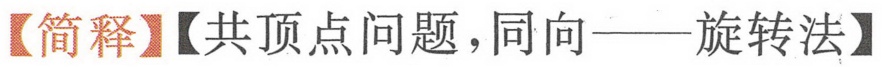
【简释】【共顶点问题，同向——旋转法】